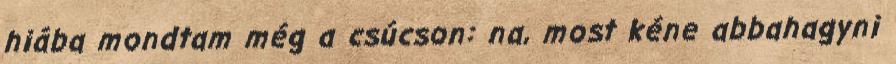
hiába mondtam még a csúcson: na, most kéne abbahagyni